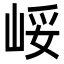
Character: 㟎